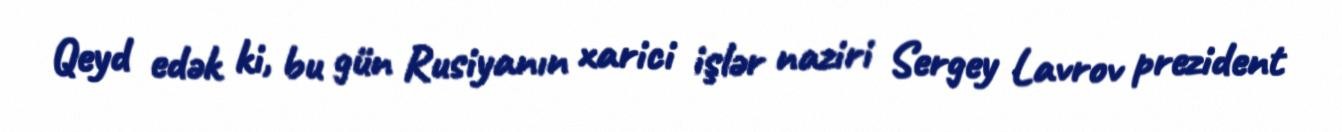
Qeyd edək ki, bu gün Rusiyanın xarici işlər naziri Sergey Lavrov prezident